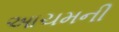
આચમની